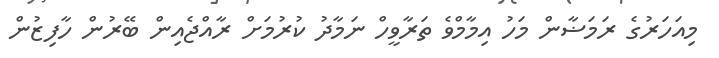
މިއަހަރުގެ ރަމަޟާން މަހު އިމާމްވެ ތަރާވީހް ނަމާދު ކުރުމަށް ރާއްޖެއިން ބޭރުން ހާފިޒުން